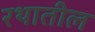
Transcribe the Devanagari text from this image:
रथातील